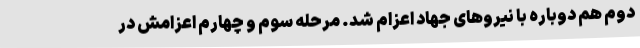
دوم هم دوباره با نیروهای جهاد اعزام شد. مرحله سوم و چهارم اعزامش در